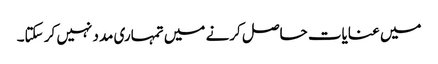
میں عنایات حاصل کرنے میں تمہاری مدد نہیں کر سکتا۔